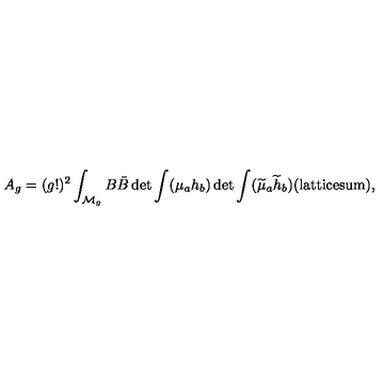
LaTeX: A _ { g } = ( g ! ) ^ { 2 } \int _ { { \cal M } _ { g } } B \bar { B } \det { \int ( { \mu _ { a } } h _ { b } } ) \det { \int ( \widetilde { \mu } _ { a } \widetilde { h } _ { b } ) } ( \mathrm { { l a t t i c e s u m } } ) ,